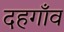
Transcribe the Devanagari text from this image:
दहगाँव